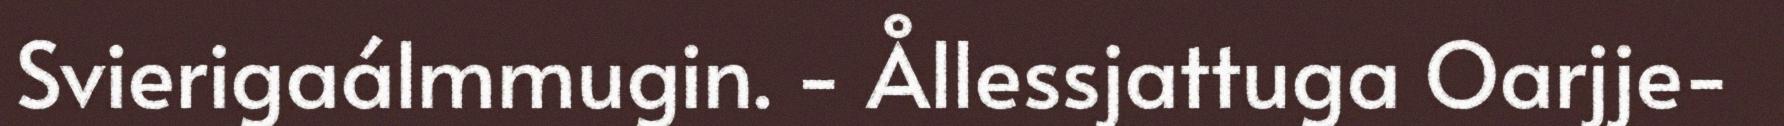
Svierigaálmmugin. - Ållessjattuga Oarjje-